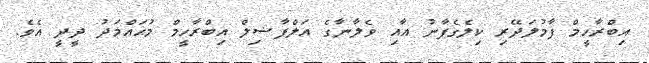
އިބްރާހީމް ފާމުލަދޭރި ކިލެގެފާނު އާއި ވެލާނާގެ އަލްފާޟިލް އިބްރާހީމް މުޙައްމަދު ދީދީ އެވެ.